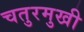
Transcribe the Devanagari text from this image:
चतुरमुखी